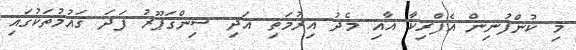
މި ކުންފުނިން އެފްރިކާ އާއި މެދު އިރުމަތި އަދި ސިންގަޕޫރު ފަދަ ގައުމުތަކުގައި